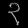
Digit: ၃